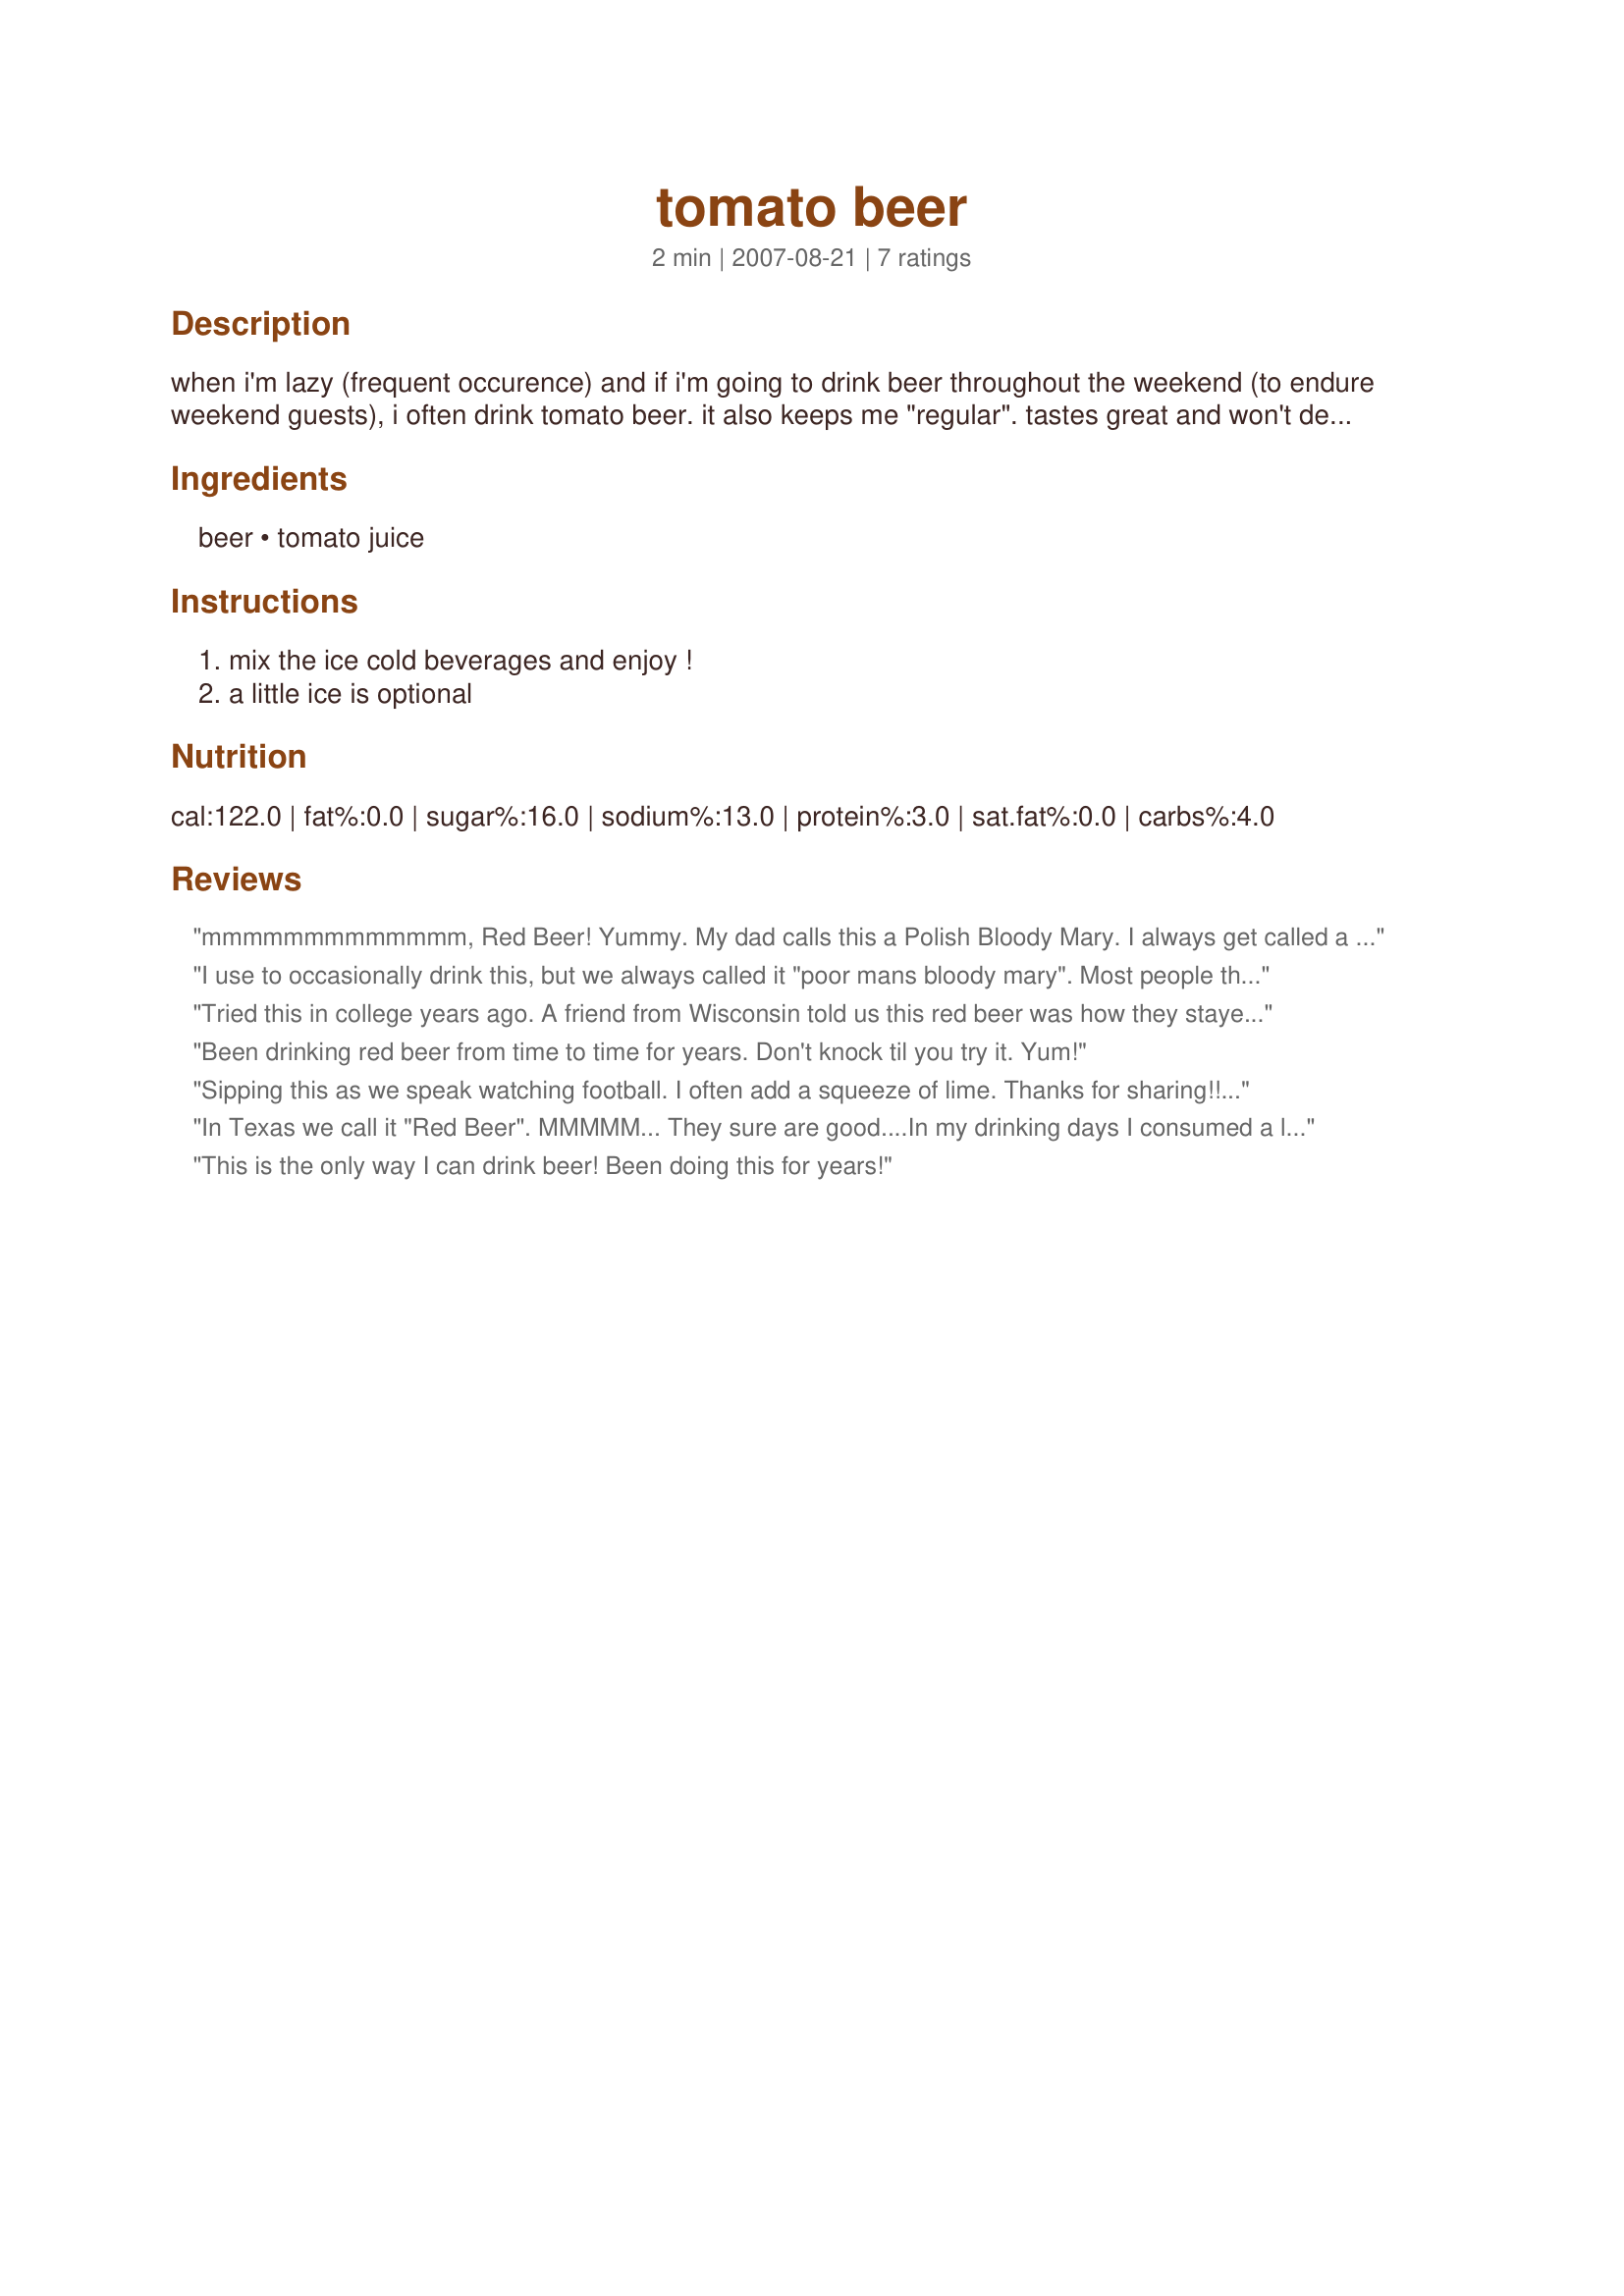
tomato beer
Preparation time: 2 minutes

when i'm lazy (frequent occurence) and if i'm going to drink beer throughout the weekend (to endure weekend guests), i often drink tomato beer. it also keeps me "regular". tastes great and won't dehydrate you like straight beer.

Ingredients:
beer, tomato juice

Steps:
mix the ice cold beverages and enjoy !, a little ice is optional

Reviews:
mmmmmmmmmmmmm, Red Beer! Yummy. My dad calls this a Polish Bloody Mary. I always get called a redneck when I order this in a bar, but it's the only way I'll drink beer.
I use to occasionally drink this, but we always called it "poor mans bloody mary". Most people thought it was not appetizing until they tried it and then they would be very suprised at how good it really was.
Tried this in college years ago. A friend from Wisconsin told us this red beer was how they stayed warm in the winter. Not sure about that, but surprisingly tasty. Best ice cold.
Been drinking red beer from time to time for years. Don't knock til you try it. Yum!
Sipping this as we speak watching football. I often add a squeeze of lime. Thanks for sharing!!!
T.J.
In Texas we call it "Red Beer". MMMMM... They sure are good....In my drinking days I consumed a lot of these. They served them in big frosted mugs. These are great after you've had several regular beers, they won't fill you up like a regular beer does. And they also work pretty good for a hangover. Oh, my those were the days, glad to say I'm beyond that now....
This is the only way I can drink beer! Been doing this for years!
